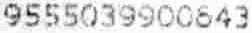
9555039900843